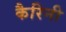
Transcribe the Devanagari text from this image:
कैरिनी